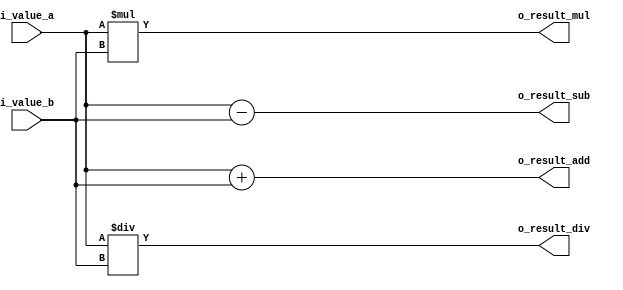
`timescale 1ns/1ps

module DUT_arithmetic_1(
        input  [7:0] i_value_a,
        input  [7:0] i_value_b,
        output [7:0] o_result_add,
        output [7:0] o_result_sub,
        output [7:0] o_result_mul,
        output [7:0] o_result_div
);
//use reg <-> sequential
reg [7:0] r_result_add;
reg [7:0] r_result_sub;
reg [7:0] r_result_mul;
reg [7:0] r_result_div;
  //whenever (*:all symbol)changes made <->combinational
always @(*) begin
        r_result_add = i_value_a + i_value_b;
        r_result_sub = i_value_a - i_value_b;
        r_result_mul = i_value_a * i_value_b;
        r_result_div = i_value_a / i_value_b;
end

assign o_result_add  = r_result_add;
assign o_result_sub  = r_result_sub;
assign o_result_mul  = r_result_mul;
assign o_result_div  = r_result_div;

endmodule